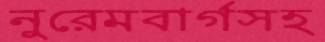
নুরেমবার্গসহ